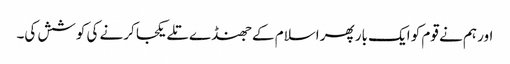
اور ہم نے قوم کو ایک بار پھر اسلام کے جھنڈے تلے یکجا کرنے کی کوشش کی۔